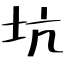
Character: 坑